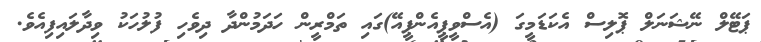
ޕަޓޭލް ނޭޝަނަލް ޕޮލިސް އެކަޑަމީގަ (އެސްވީޕީއެންޕީއޭ)ގައި ތަމްރީން ހަދަމުންދާ ދިވެހި ފުލުހަކު ވިދާލައިފިއެވެ.